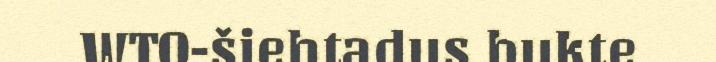
WTO-šiehtadus bukte